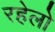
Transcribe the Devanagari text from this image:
रहेलो